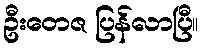
ဦးတေဇ ပြန်လာပြီ။